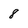
Character: 8